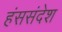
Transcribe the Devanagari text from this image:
हंससंदेश